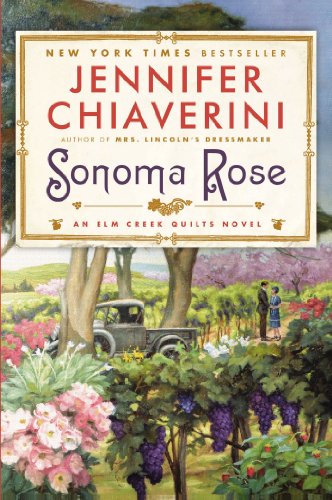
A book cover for Sonoma Rose (Elm Creek Quilts); Jennifer Chiaverini; Literature & Fiction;